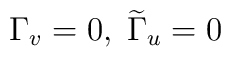
\Gamma_v =0, \; \widetilde{\Gamma}_u =0